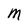
Character: M